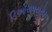
ડિઓસપયરોસ